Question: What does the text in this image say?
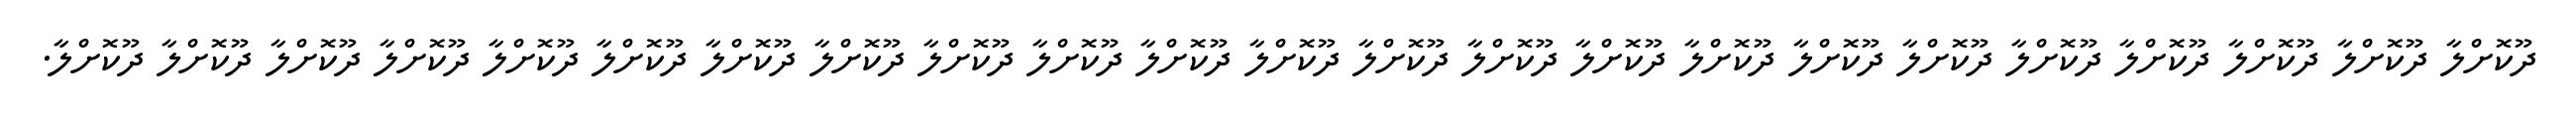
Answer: ދޫކޮށްލާ ދޫކޮށްލާ ދޫކޮށްލާ ދޫކޮށްލާ ދޫކޮށްލާ ދޫކޮށްލާ ދޫކޮށްލާ ދޫކޮށްލާ ދޫކޮށްލާ ދޫކޮށްލާ ދޫކޮށްލާ ދޫކޮށްލާ ދޫކޮށްލާ ދޫކޮށްލާ ދޫކޮށްލާ ދޫކޮށްލާ ދޫކޮށްލާ ދޫކޮށްލާ ދޫކޮށްލާ ދޫކޮށްލާ ދޫކޮށްލާ ދޫކޮށްލާ ދޫކޮށްލާ.